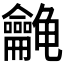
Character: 𱍉